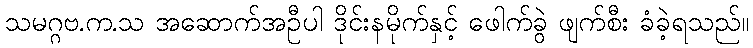
သမဂ္ဂဗ.က.သ အဆောက်အဦပါ ဒိုင်းနမိုက်နှင့် ဖေါက်ခွဲ ဖျက်စီး ခံခဲ့ရသည်။